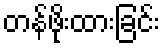
တန်ဖိုးထားခြင်း